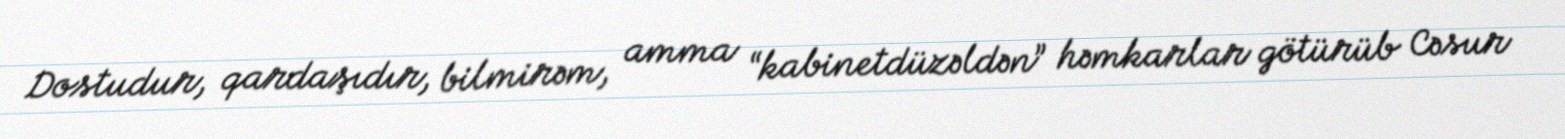
Dostudur, qardaşıdır, bilmirəm, amma “kabinetdüzəldən” həmkarlar götürüb Cəsur